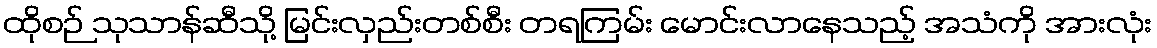
ထိုစဉ် သုသာန်ဆီသို့ မြင်းလှည်းတစ်စီး တရကြမ်း မောင်းလာနေသည့် အသံကို အားလုံး